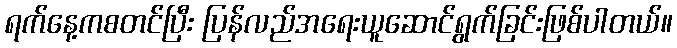
ရက်နေ့ကစတင်ပြီး ပြန်လည်အရေးယူဆောင်ရွက်ခြင်းဖြစ်ပါတယ်။